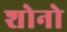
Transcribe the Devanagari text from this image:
शोनो